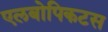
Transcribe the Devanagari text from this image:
एलबोपिकटस